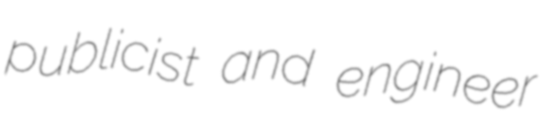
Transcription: publicist and engineer